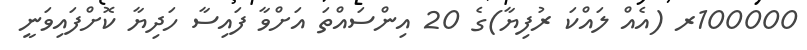
100000ރ (އެއް ލައްކަ ރުފިޔާ)ގެ 20 އިންސައްތަ އަށްވާ ފައިސާ ހަދިޔާ ކޮށްފައިވަނީ